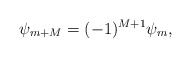
\begin{align*}\psi_{m+M}=(-1)^{M+1}\psi_m,\end{align*}